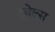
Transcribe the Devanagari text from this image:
ट्रवेल्स